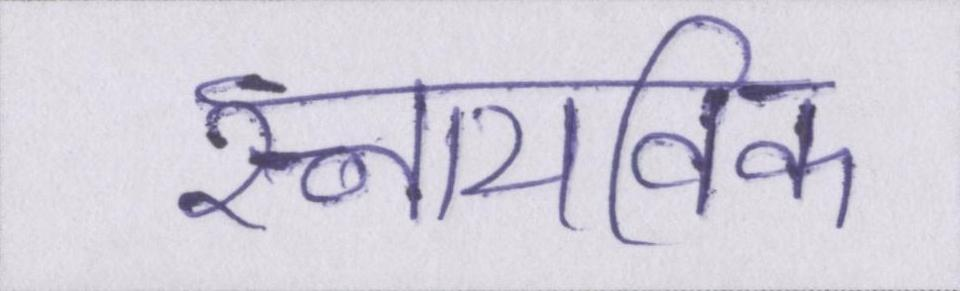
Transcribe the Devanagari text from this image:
स्नायविक